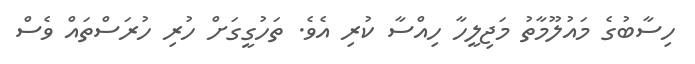
ހިސާބުގެ މައުލޫމާތު މަޖިލީހާ ހިއްސާ ކުރި އެވެ. ތަހުގީގަށް ހުރި ހުރަސްތައް ވެސް